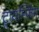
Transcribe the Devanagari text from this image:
ट्रायम्फिंग